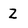
Character: Z